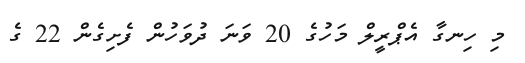
މި ހިނގާ އެޕްރީލް މަހުގެ 20 ވަނަ ދުވަހުން ފެށިގެން 22 ގެ